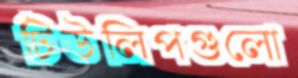
টিউলিপগুলো